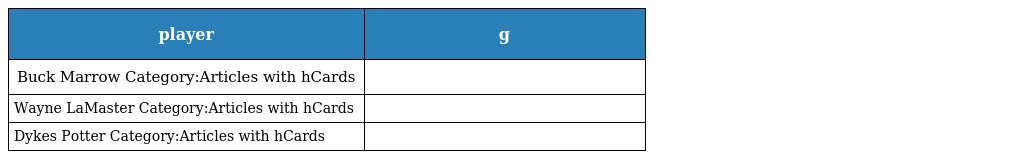
| player | g |
 | --- | --- |
 | Buck Marrow Category:Articles with hCards |  |
 | Wayne LaMaster Category:Articles with hCards |  |
 | Dykes Potter Category:Articles with hCards |  |